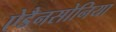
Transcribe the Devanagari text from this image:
ऐडैनसोनिया